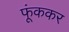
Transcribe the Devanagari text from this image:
फूंककर